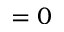
= 0